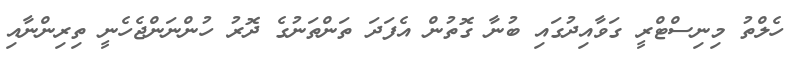
ހެލްތު މިނިސްޓްރީ ގަވާއިދުގައި ބުނާ ގޮތުން އެފަދަ ތަންތަނުގެ ދޮރު ހުންނަންޖެހެނީ ތިރިންނާއި